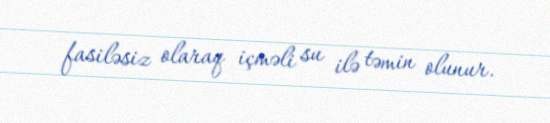
fasiləsiz olaraq içməli su ilə təmin olunur.